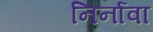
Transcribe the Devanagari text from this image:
निर्नावा